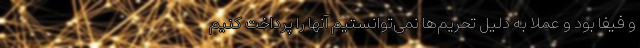
و فیفا بود و عملا به دلیل تحریم‌ها نمی‌توانستیم آنها را پرداخت کنیم